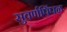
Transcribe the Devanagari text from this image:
सुवर्णपिंपळ